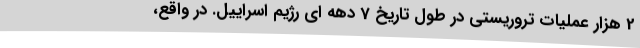
2 هزار عملیات تروریستی در طول تاریخ 7 دهه ای رژیم اسراییل. در واقع،